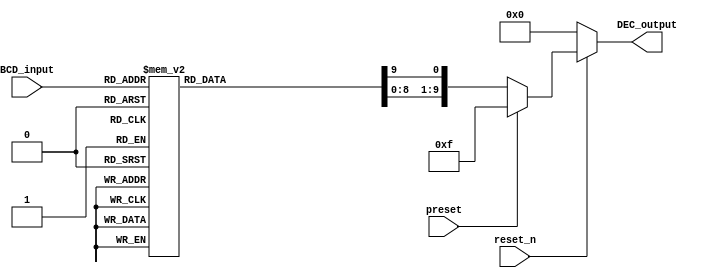
// This is a 4-line BCD -> 10-line decimal converter with two other condition input(Reset_n, Preset)

module BCD2DEC (input [3:0] BCD_input,input reset_n, preset, output reg [9:0] DEC_output);

	always @(*) begin
		// Consider the priority of reset_n and preset
		if (reset_n == 1'b0) DEC_output = 0;
		else if (preset == 1'b1) DEC_output = 10'b0000001111;
		else begin
			DEC_output = 10'b1111111111; // Default all outputs to 1

			// Check the BCD input and set the corresponding output to 0
			case (BCD_input)
				4'd0: DEC_output[0] = 0;
				4'd1: DEC_output[1] = 0;
				4'd2: DEC_output[2] = 0;
				4'd3: DEC_output[3] = 0;
				4'd4: DEC_output[4] = 0;
				4'd5: DEC_output[5] = 0;
				4'd6: DEC_output[6] = 0;
				4'd7: DEC_output[7] = 0;
				4'd8: DEC_output[8] = 0;
				4'd9: DEC_output[9] = 0;
			endcase
		end
	end
endmodule